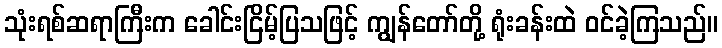
သုံးရစ်ဆရာကြီးက ခေါင်းငြိမ့်ပြသဖြင့် ကျွန်တော်တို့ ရုံးခန်းထဲ ဝင်ခဲ့ကြသည်။